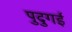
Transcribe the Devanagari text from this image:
पुदुगई